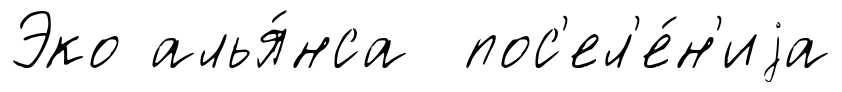
Эко алья́нса пос'ел'е́н'иjа